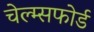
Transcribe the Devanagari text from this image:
चेल्म्सफोर्ड